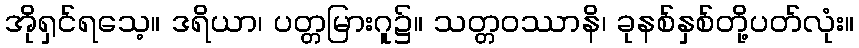
အိုရှင်ရသေ့။ ဒရိယာ၊ ပတ္တမြားဂူ၌။ သတ္တဝဿာနိ၊ ခုနစ်နှစ်တို့ပတ်လုံး။